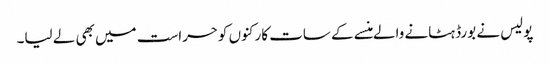
پولیس نے بورڈ ہٹانے والے منسے کے سات کارکنوں کوحراست میں بھی لے لیا۔